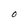
Character: O